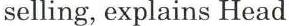
selling, explains Head